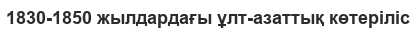
1830-1850 жылдардағы ұлт-азаттық көтеріліс